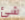
شئ